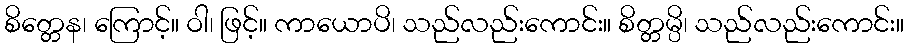
စိတ္တေန၊ ကြောင့်။ ဝါ၊ ဖြင့်။ ကာယောပိ၊ သည်လည်းကောင်း။ စိတ္တမ္ပိ၊ သည်လည်းကောင်း။